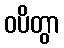
ဝပိတွာ